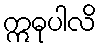
ဣဓုပါလိ